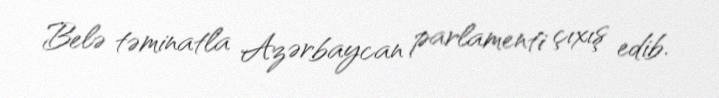
Belə təminatla Azərbaycan parlamenti çıxış edib.